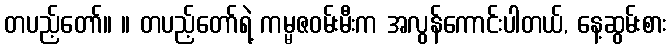
တပည့်တော်။ ။ တပည့်တော်ရဲ့ ကမ္မဇဝမ်းမီးက အလွန်ကောင်းပါတယ်, နေ့ဆွမ်းစား